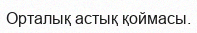
Орталық астық қоймасы.